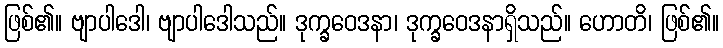
ဖြစ်၏။ ဗျာပါဒေါ၊ ဗျာပါဒေါသည်။ ဒုက္ခဝေဒနာ၊ ဒုက္ခဝေဒနာရှိသည်။ ဟောတိ၊ ဖြစ်၏။